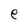
Character: e